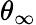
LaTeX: \theta_{\infty}